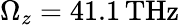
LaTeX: \Omega_{z}=41.1\, \mathrm{THz}